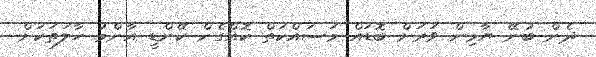
ދެން ބުނޭ ޔާމިން ވަރަށް ބޮޑައް މަސައްކަތް ކޮއްގެން ކޭންޑީ އާންމު ހާލަތަކަށް